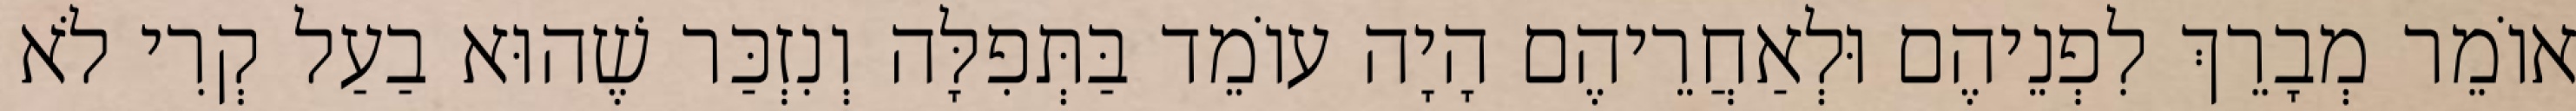
אוֹמֵר מְבָרֵךְ לִפְנֵיהֶם וּלְאַחֲרֵיהֶם הָיָה עוֹמֵד בַּתְּפִלָּה וְנִזְכַּר שֶׁהוּא בַעַל קְרִי לֹא